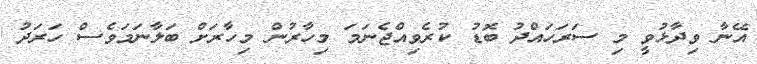
އޭނާ ވިދާޅުވީ މި ސަރަހައްދު ބޮޑު ކުރެވިއްޖެނަމަ މިހާރުން މިހާރަށް ބަލާނަމަވެސް ހަރަދު